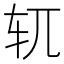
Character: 𫐄